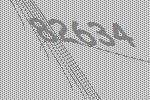
82634